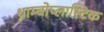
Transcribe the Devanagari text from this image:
थ्राम्बोप्लास्टिक